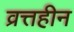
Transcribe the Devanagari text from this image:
व्रत्तहीन